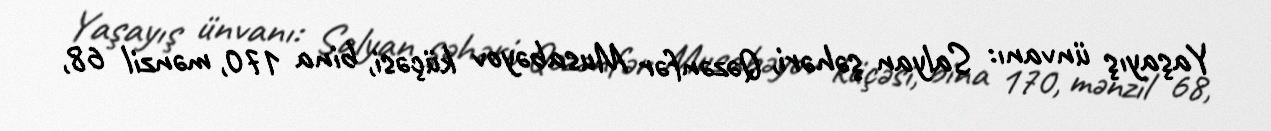
Yaşayış ünvanı: Salyan şəhəri, Qəzənfər Musabəyov küçəsi, bina 170, mənzil 68,